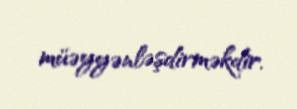
müəyyənləşdirməkdir.